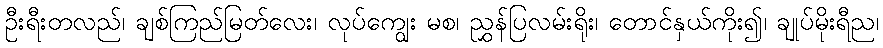
ဦးရီးတလည်၊ ချစ်ကြည်မြတ်လေး၊ လုပ်ကျွေး မစ၊ ညွှန်ပြလမ်းရိုး၊ တောင်နှယ်ကိုး၍၊ ချုပ်မိုးရီည၊